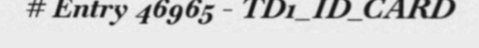
# Entry 46965 - TD1_ID_CARD